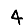
Digit: 4